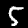
Label: 5